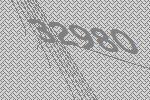
32980